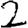
Digit: 2